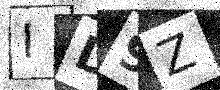
Text: ID9Z